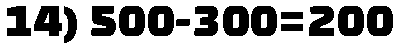
14) 500-300=200